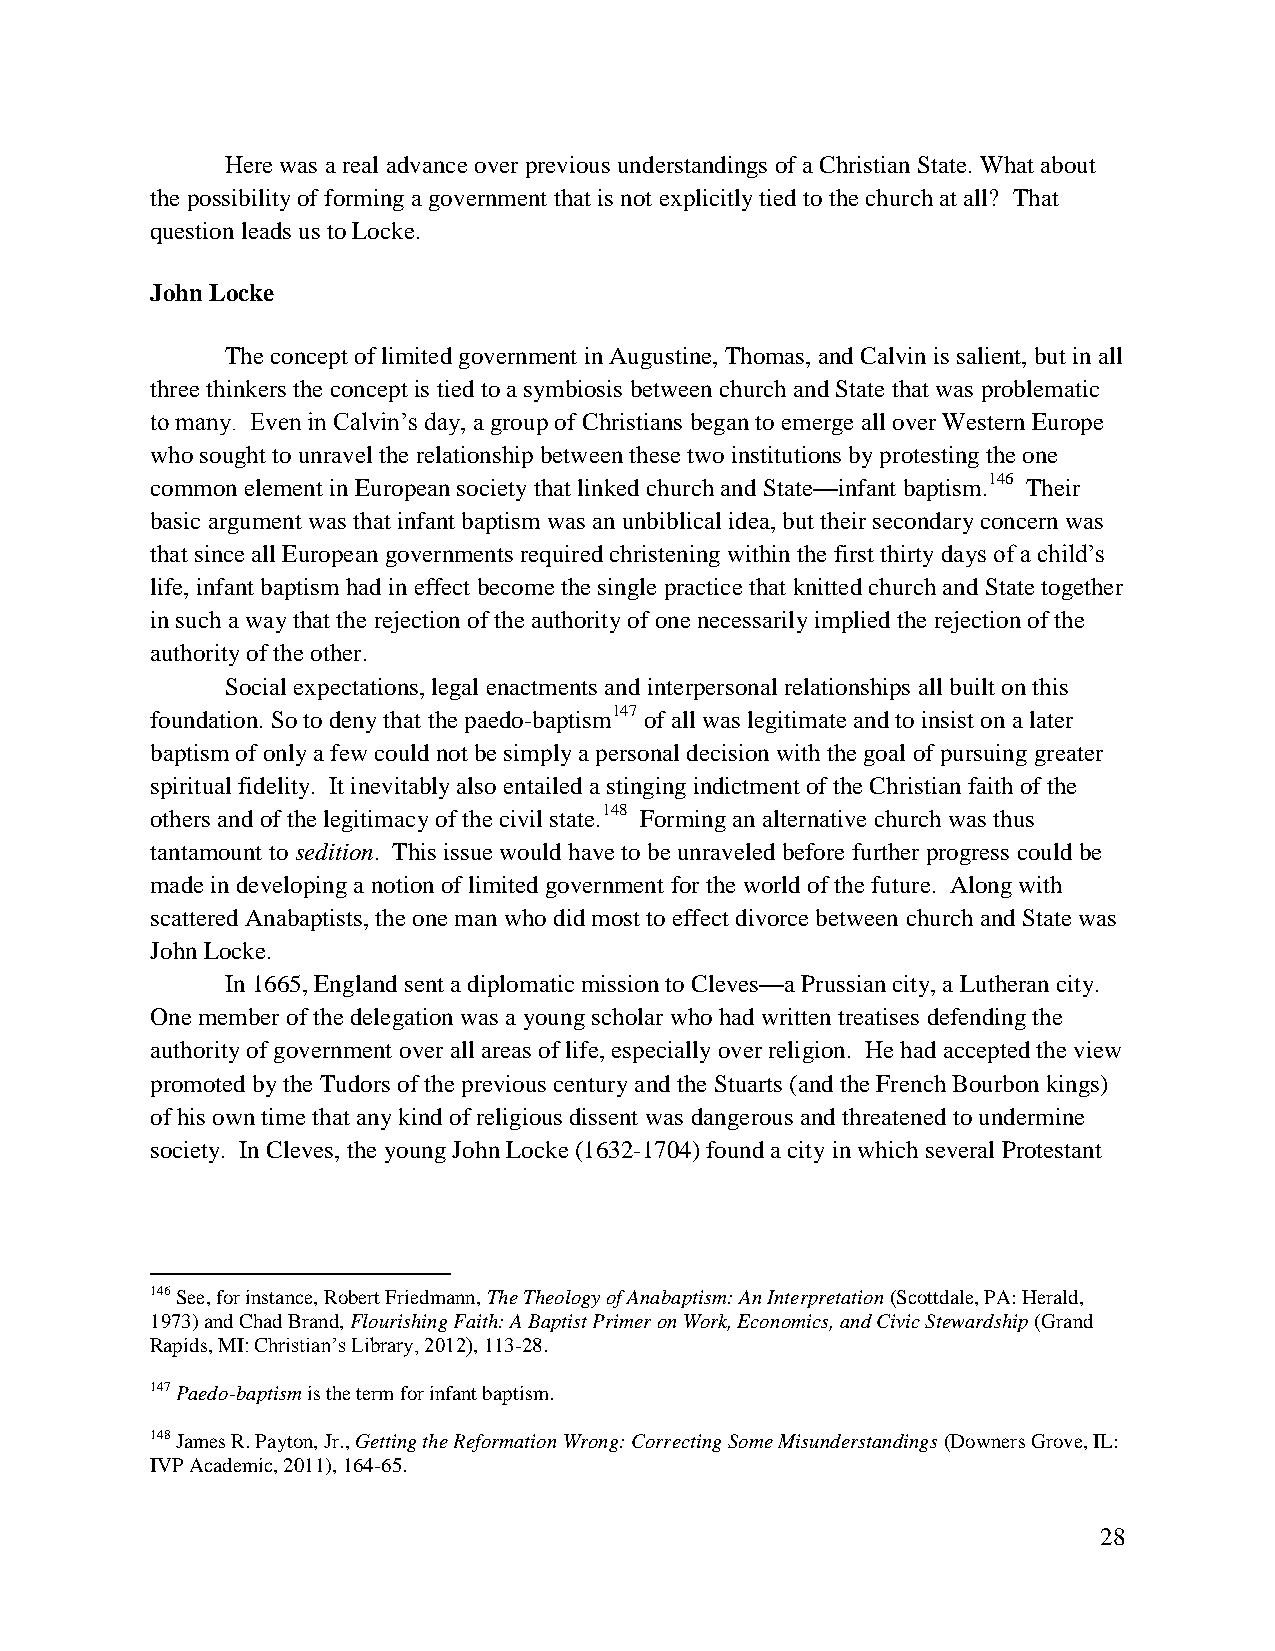
Here was a real advance over previous understandings of a Christian State. What about
 the possibility of forming a government that is not explicitly tied to the church at all? That
 question leads us to Locke.
 John Locke
 The concept of limited government in Augustine, Thomas, and Calvin is salient, but in all
 three thinkers the concept is tied to a symbiosis between church and State that was problematic
 to many. Even in Calvin’s day, a group of Christians began to emerge all over Western Europe
 who sought to unravel the relationship between these two institutions by protesting the one
 common element in European society that linked church and State—infant baptism.146 Their
 basic argument was that infant baptism was an unbiblical idea, but their secondary concern was
 that since all European governments required christening within the first thirty days of a child’s
 life, infant baptism had in effect become the single practice that knitted church and State together
 in such a way that the rejection of the authority of one necessarily implied the rejection of the
 authority of the other.
 Social expectations, legal enactments and interpersonal relationships all built on this
 foundation. So to deny that the paedo-baptism147 of all was legitimate and to insist on a later
 baptism of only a few could not be simply a personal decision with the goal of pursuing greater
 spiritual fidelity. It inevitably also entailed a stinging indictment of the Christian faith of the
 others and of the legitimacy of the civil state.148 Forming an alternative church was thus
 tantamount to sedition. This issue would have to be unraveled before further progress could be
 made in developing a notion of limited government for the world of the future. Along with
 scattered Anabaptists, the one man who did most to effect divorce between church and State was
 John Locke.
 In 1665, England sent a diplomatic mission to Cleves—a Prussian city, a Lutheran city.
 One member of the delegation was a young scholar who had written treatises defending the
 authority of government over all areas of life, especially over religion. He had accepted the view
 promoted by the Tudors of the previous century and the Stuarts (and the French Bourbon kings)
 of his own time that any kind of religious dissent was dangerous and threatened to undermine
 society. In Cleves, the young John Locke (1632-1704) found a city in which several Protestant
 146 See, for instance, Robert Friedmann, The Theology of Anabaptism: An Interpretation (Scottdale, PA: Herald,
 1973) and Chad Brand, Flourishing Faith: A Baptist Primer on Work, Economics, and Civic Stewardship (Grand
 Rapids, MI: Christian’s Library, 2012), 113-28.
 147 Paedo-baptism is the term for infant baptism.
 148 James R. Payton, Jr., Getting the Reformation Wrong: Correcting Some Misunderstandings (Downers Grove, IL:
 IVP Academic, 2011), 164-65.
 28